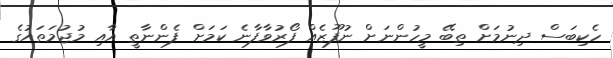
ހެކިބަސް ދިނުމަށް ތިބޭ މީހުންނަށް ނުފޫޒެއް ފޯރުވާފާނެ ކަމަށް ފެންނާތީ އާއި މުޖުމަތައުގެ